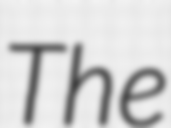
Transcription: The